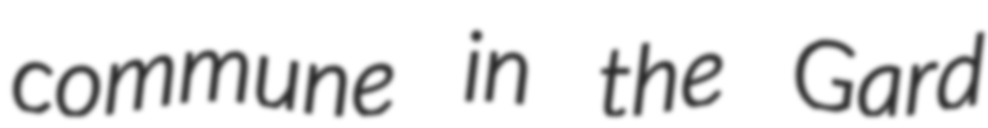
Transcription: commune in the Gard